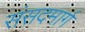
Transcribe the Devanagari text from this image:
संसदमार्ग